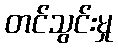
တင်သွင်းမှု